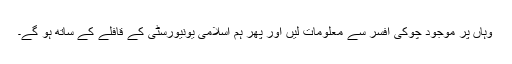
وہاں پر موجود چوکی افسر سے معلومات لیں اور پھر ہم اسلامی یونیورسٹی کے قافلے کے ساتھ ہو گے۔